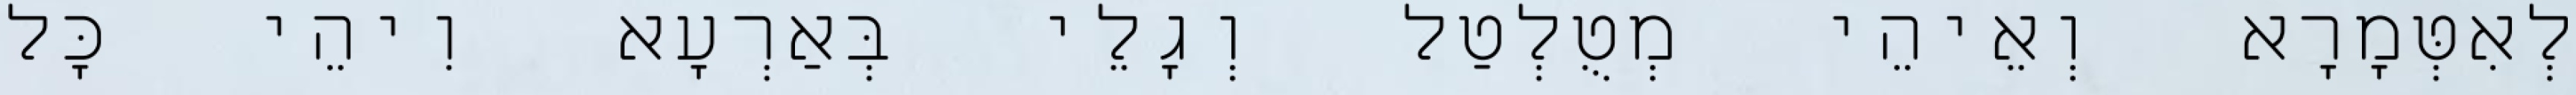
לְאִטְּמָרָא וְאֵיהֵי מְטֻלְטַל וְגָלֵי בְּאַרְעָא וִיהֵי כָּל